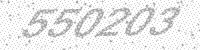
Solution: 550203